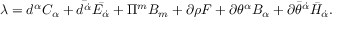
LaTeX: \lambda = d ^ { \alpha } C _ { \alpha } + \bar { d ^ { \dot { \alpha } } } \bar { E _ { \dot { \alpha } } } + \Pi ^ { m } B _ { m } + \partial \rho F + \partial \theta ^ { \alpha } B _ { \alpha } + \partial { \bar { \theta } } ^ { \dot { \alpha } } { \bar { H } } _ { \dot { \alpha } } .